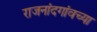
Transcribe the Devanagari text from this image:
राजनांदगांवच्या